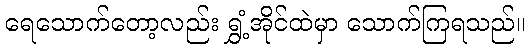
ရေသောက်တော့လည်း ရွှံ့အိုင်ထဲမှာ သောက်ကြရသည်။